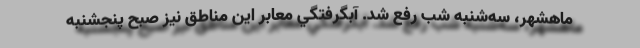
ماهشهر، سه‌شنبه شب رفع شد. آبگرفتگي معابر اين مناطق نيز صبح پنجشنبه